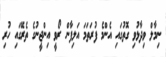
ނިމާލް ވިދާޅުވި ގޮތުގައި އެންމެ ފުރަތަމަ އަލިފާން ރޯވީ އިންޖީނުގެ ތެރޭގައި ހުރި